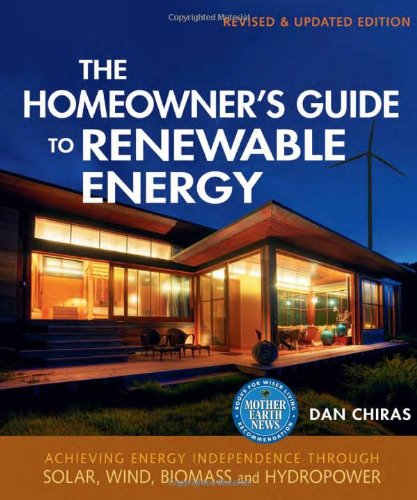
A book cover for The Homeowner's Guide to Renewable Energy: Achieving Energy Independence Through Solar, Wind, Biomass, and Hydropower; Dan Chiras; Crafts, Hobbies & Home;